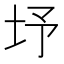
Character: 㘧